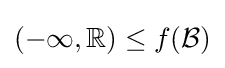
(-\infty ,\mathbb {R} )\leq f({\mathcal {B}})